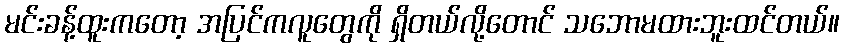
မင်းခန့်ထူးကတော့ အပြင်ကလူတွေကို ရှိတယ်လို့တောင် သဘောမထားဘူးထင်တယ်။